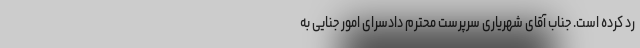
رد کرده است. جناب آقای شهریاری سرپرست محترم دادسرای امور جنایی به